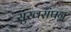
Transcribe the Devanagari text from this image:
सुखसंपन्न